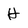
Character: H